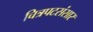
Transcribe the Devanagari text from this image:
चित्रपटसंसार